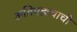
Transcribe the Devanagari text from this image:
अतिमहत्त्वाची